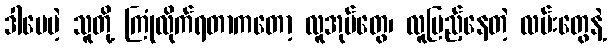
ဒါပေမဲ့ သူတို့ ကြုံလိုက်ရတာကတော့ လူအုပ်တွေ၊ လူပြည့်နေတဲ့ လမ်းတွေနဲ့